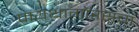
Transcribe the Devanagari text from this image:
पायथागॉरसचा